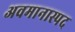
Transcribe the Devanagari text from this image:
अवमानास्पद